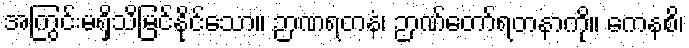
အကြွင်းမရှိသိမြင်နိုင်သော။ ဉာဏရတနံ၊ ဉာဏ်တော်ရတနာကို။ ကေနစိ၊